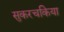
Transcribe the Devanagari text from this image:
सुकरचकिया